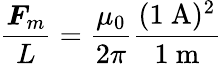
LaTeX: {\frac{{\boldsymbol{F}}_{m}}{L}}={\frac{\mu_{0}}{2\pi}}{\frac{(1\ \mathrm{{A)^{2}}}}{{1}\ \mathrm{{m}}}}